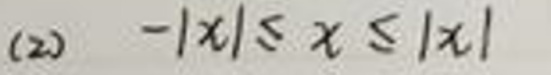
(2) \(-|x|\leq x\leq|x|\)